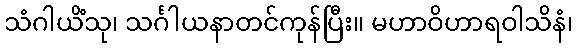
သံဂါယိံသု၊ သင်္ဂါယနာတင်ကုန်ပြီး။ မဟာဝိဟာရဝါသိနံ၊